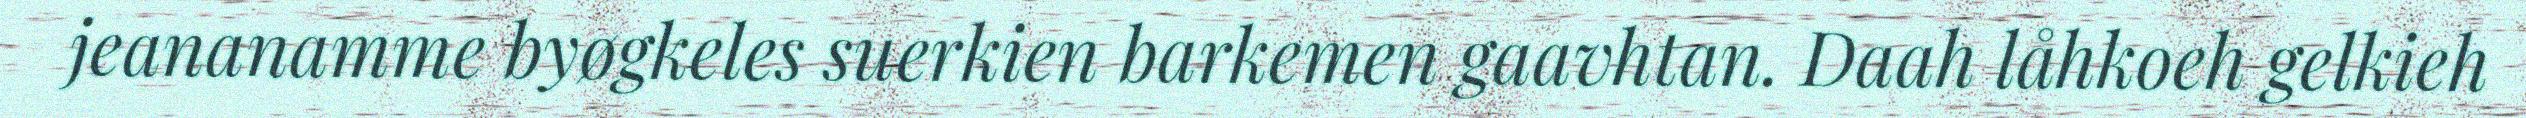
jeananamme byøgkeles suerkien barkemen gaavhtan. Daah låhkoeh gelkieh